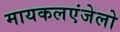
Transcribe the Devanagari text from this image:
मायकलएंजेलो